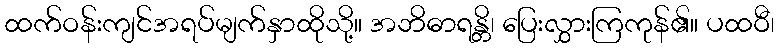
ထက်ဝန်းကျင်အရပ်မျက်နှာထိုသို့။ အဘိဓာရန္တိ၊ ပြေးလွှားကြကုန်၏။ ပထဝီ၊